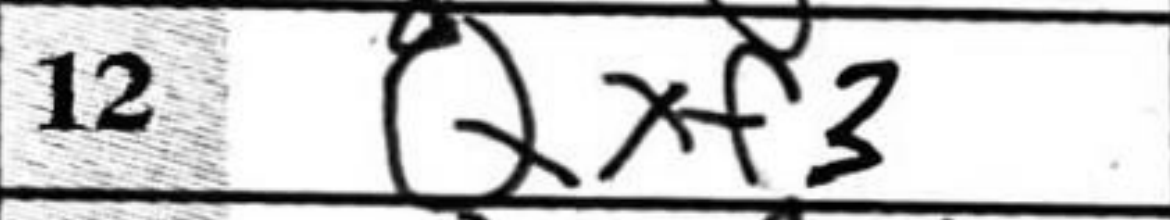
Transcription: Qxf3